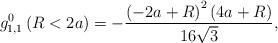
LaTeX: \begin{align*}g_{1,1}^{0}\left( R<2a\right) =-\frac{\left( -2a+R\right) ^{2}\left(4a+R\right) }{16\sqrt{3}},\end{align*}